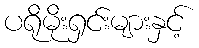
ပရိုမိုးရှင်းများနှင့်